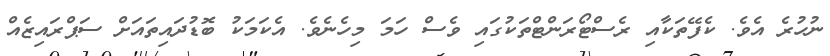
ނުހުރެ އެވެ. ކެފޭތަކާއި ރެސްޓޯރަންޓްތަކުގައި ވެސް ހަމަ މިހެނެވެ. އެކަމަކު ބޮޑުދައިތައަށް ސަޕްރައިޒެއް